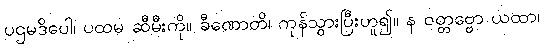
ပဌမဒိပေါ၊ ပထမ ဆီမီးကို။ ခီဏောတိ၊ ကုန်သွားပြီးဟူ၍။ န ဝတ္တဗ္ဗော ယထာ၊